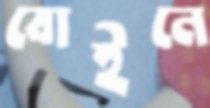
বোইনে